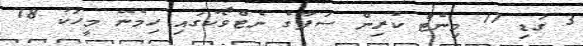
3 ގަޑި 17 މިނެޓް ކުރިން ސަފާގެ ނެޓްވޯކުގައި ހިމެނޭ މީހަކު 18